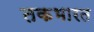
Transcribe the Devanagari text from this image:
तकभारत